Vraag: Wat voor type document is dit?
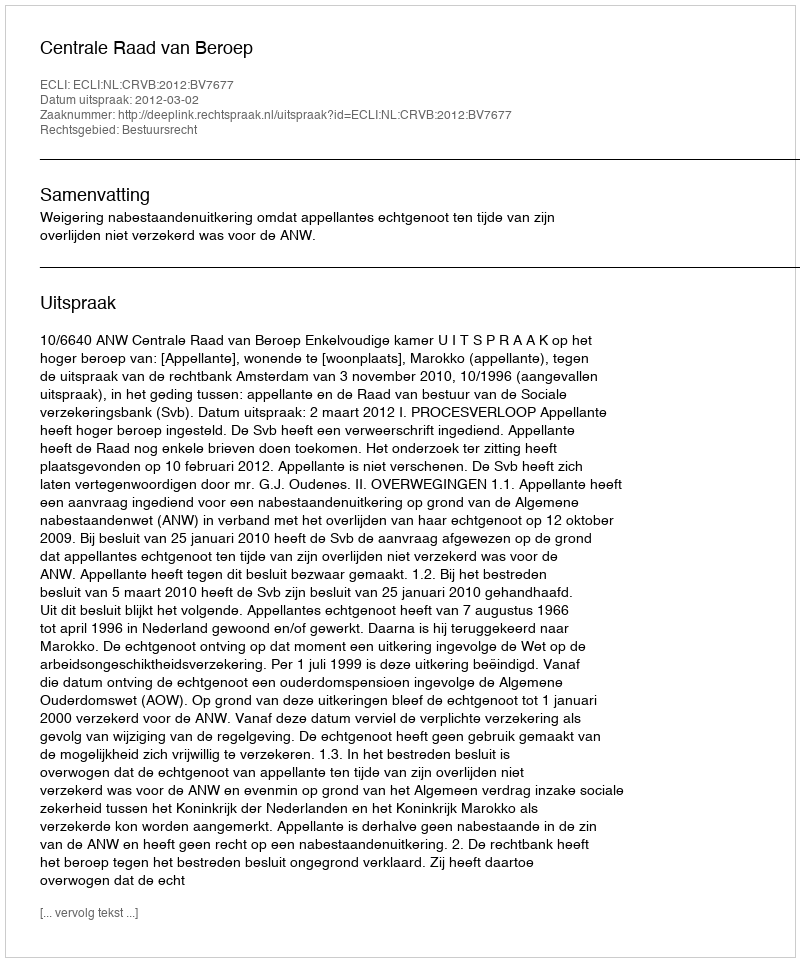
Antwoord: Uitspraak